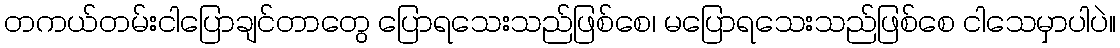
တကယ်တမ်းငါပြောချင်တာတွေ ပြောရသေးသည်ဖြစ်စေ၊ မပြောရသေးသည်ဖြစ်စေ ငါသေမှာပါပဲ။